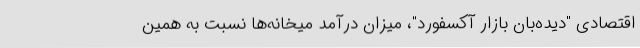
اقتصادی "دیده‌بان بازار آکسفورد"، میزان درآمد میخانه‌ها نسبت به همین